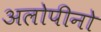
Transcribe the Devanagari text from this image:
अलोपीनो